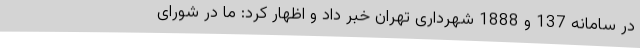
در سامانه 137 و 1888 شهرداری تهران خبر داد و اظهار کرد: ما در شورای